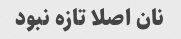
نان اصلا تازه نبود